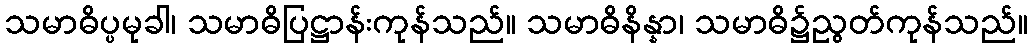
သမာဓိပ္ပမုခါ၊ သမာဓိပြဋ္ဌာန်းကုန်သည်။ သမာဓိနိန္နာ၊ သမာဓိ၌ညွတ်ကုန်သည်။